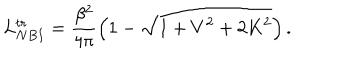
L _ { N B I } ^ { t r } = \frac { \beta ^ { 2 } } { 4 \pi } \left( 1 - \sqrt { 1 + V ^ { 2 } + 2 K ^ { 2 } } \right) .